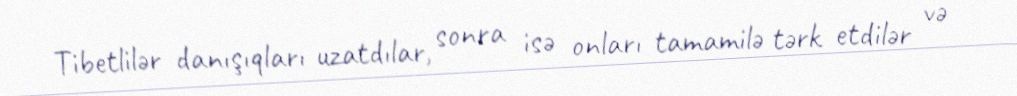
Tibetlilər danışıqları uzatdılar, sonra isə onları tamamilə tərk etdilər və